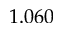
1 . 0 6 0